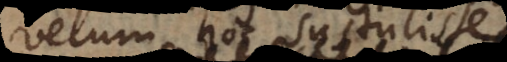
velum hoc sustulisse